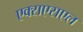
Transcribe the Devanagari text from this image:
एक्सएसएल